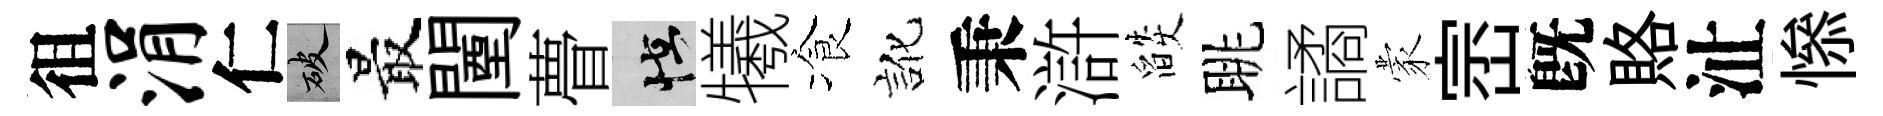
徂涓仁破最闉瞢怪犧飡訛秉滸燄眺譎蒙崈旣賂沚𢡖